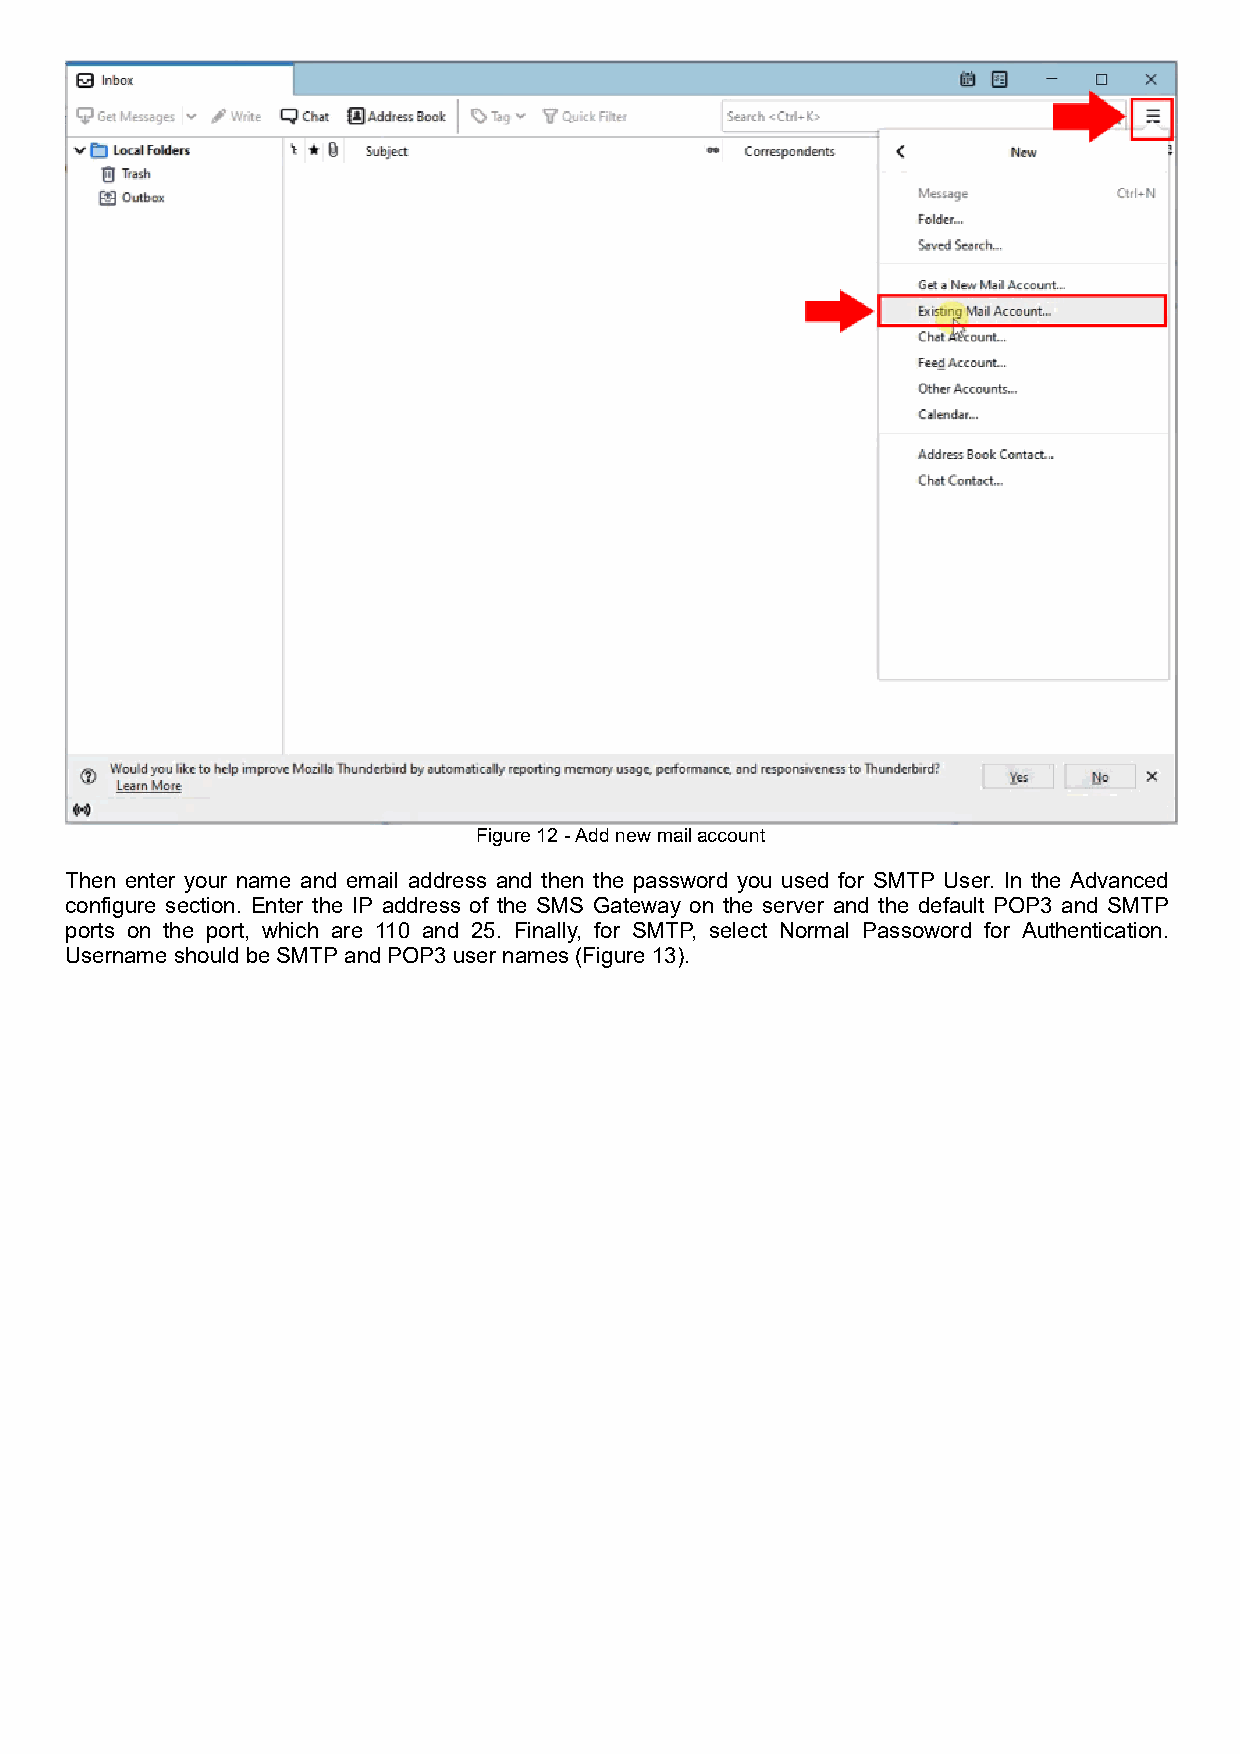
Figure 12 - Add new mail account
 Then enter your name and email address and then the password you used for SMTP User. In the Advanced
 configure section. Enter the IP address of the SMS Gateway on the server and the default POP3 and SMTP
 ports on the port, which are 110 and 25. Finally, for SMTP, select Normal Passoword for Authentication.
 Username should be SMTP and POP3 user names (Figure 13).